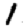
Digit: 1